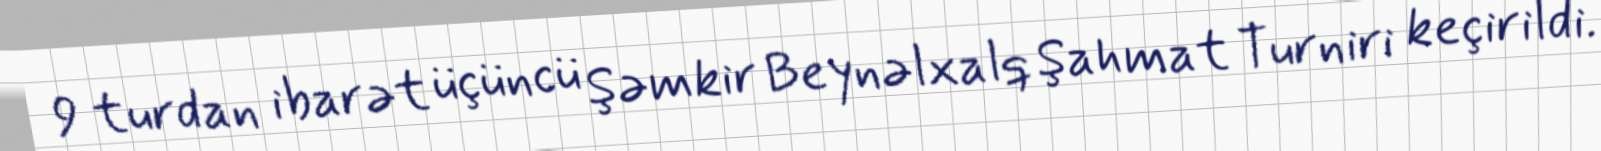
9 turdan ibarət üçüncü Şəmkir Beynəlxalq Şahmat Turniri keçirildi.